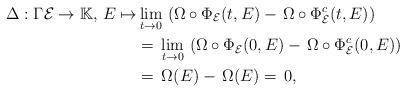
LaTeX: \begin{align*}\Delta:\Gamma\mathcal{E}\to \mathbb{K},\,E\mapsto &\lim_{t\to 0}\,\left(\Omega\circ \Phi_\mathcal{E}(t,E)-\,\Omega\circ \Phi^c_\mathcal{E}(t,E)\right)\\& =\, \lim_{t\to 0}\,\left(\Omega\circ\Phi_\mathcal{E}(0,E)-\,\Omega\circ \Phi^c_\mathcal{E}(0,E)\right)\\& =\, \Omega(E)-\,\Omega(E)=\,0, \end{align*}